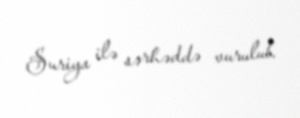
Suriya ilə sərhəddə vurulub.